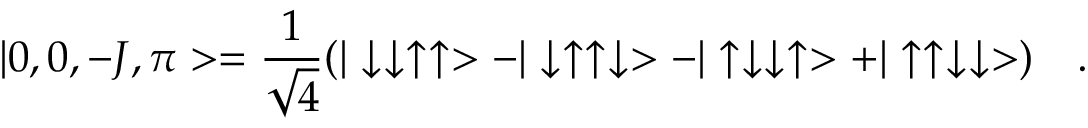
| 0 , 0 , - J , \pi > = \frac { 1 } { \sqrt { 4 } } ( | \downarrow \downarrow \uparrow \uparrow > - | \downarrow \uparrow \uparrow \downarrow > - | \uparrow \downarrow \downarrow \uparrow > + | \uparrow \uparrow \downarrow \downarrow > ) \quad .